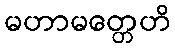
မဟာမတ္တေဟိ